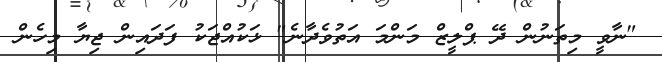
"ނާވީ މިތަނުން ދޭ ޕްލީޒް މަންމަ އަތުވެދާނެ" ޅަކުއްޖަކު ފަދައިން ޖިޔާ މިހެން